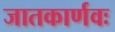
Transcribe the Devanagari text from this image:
जातकार्णवः